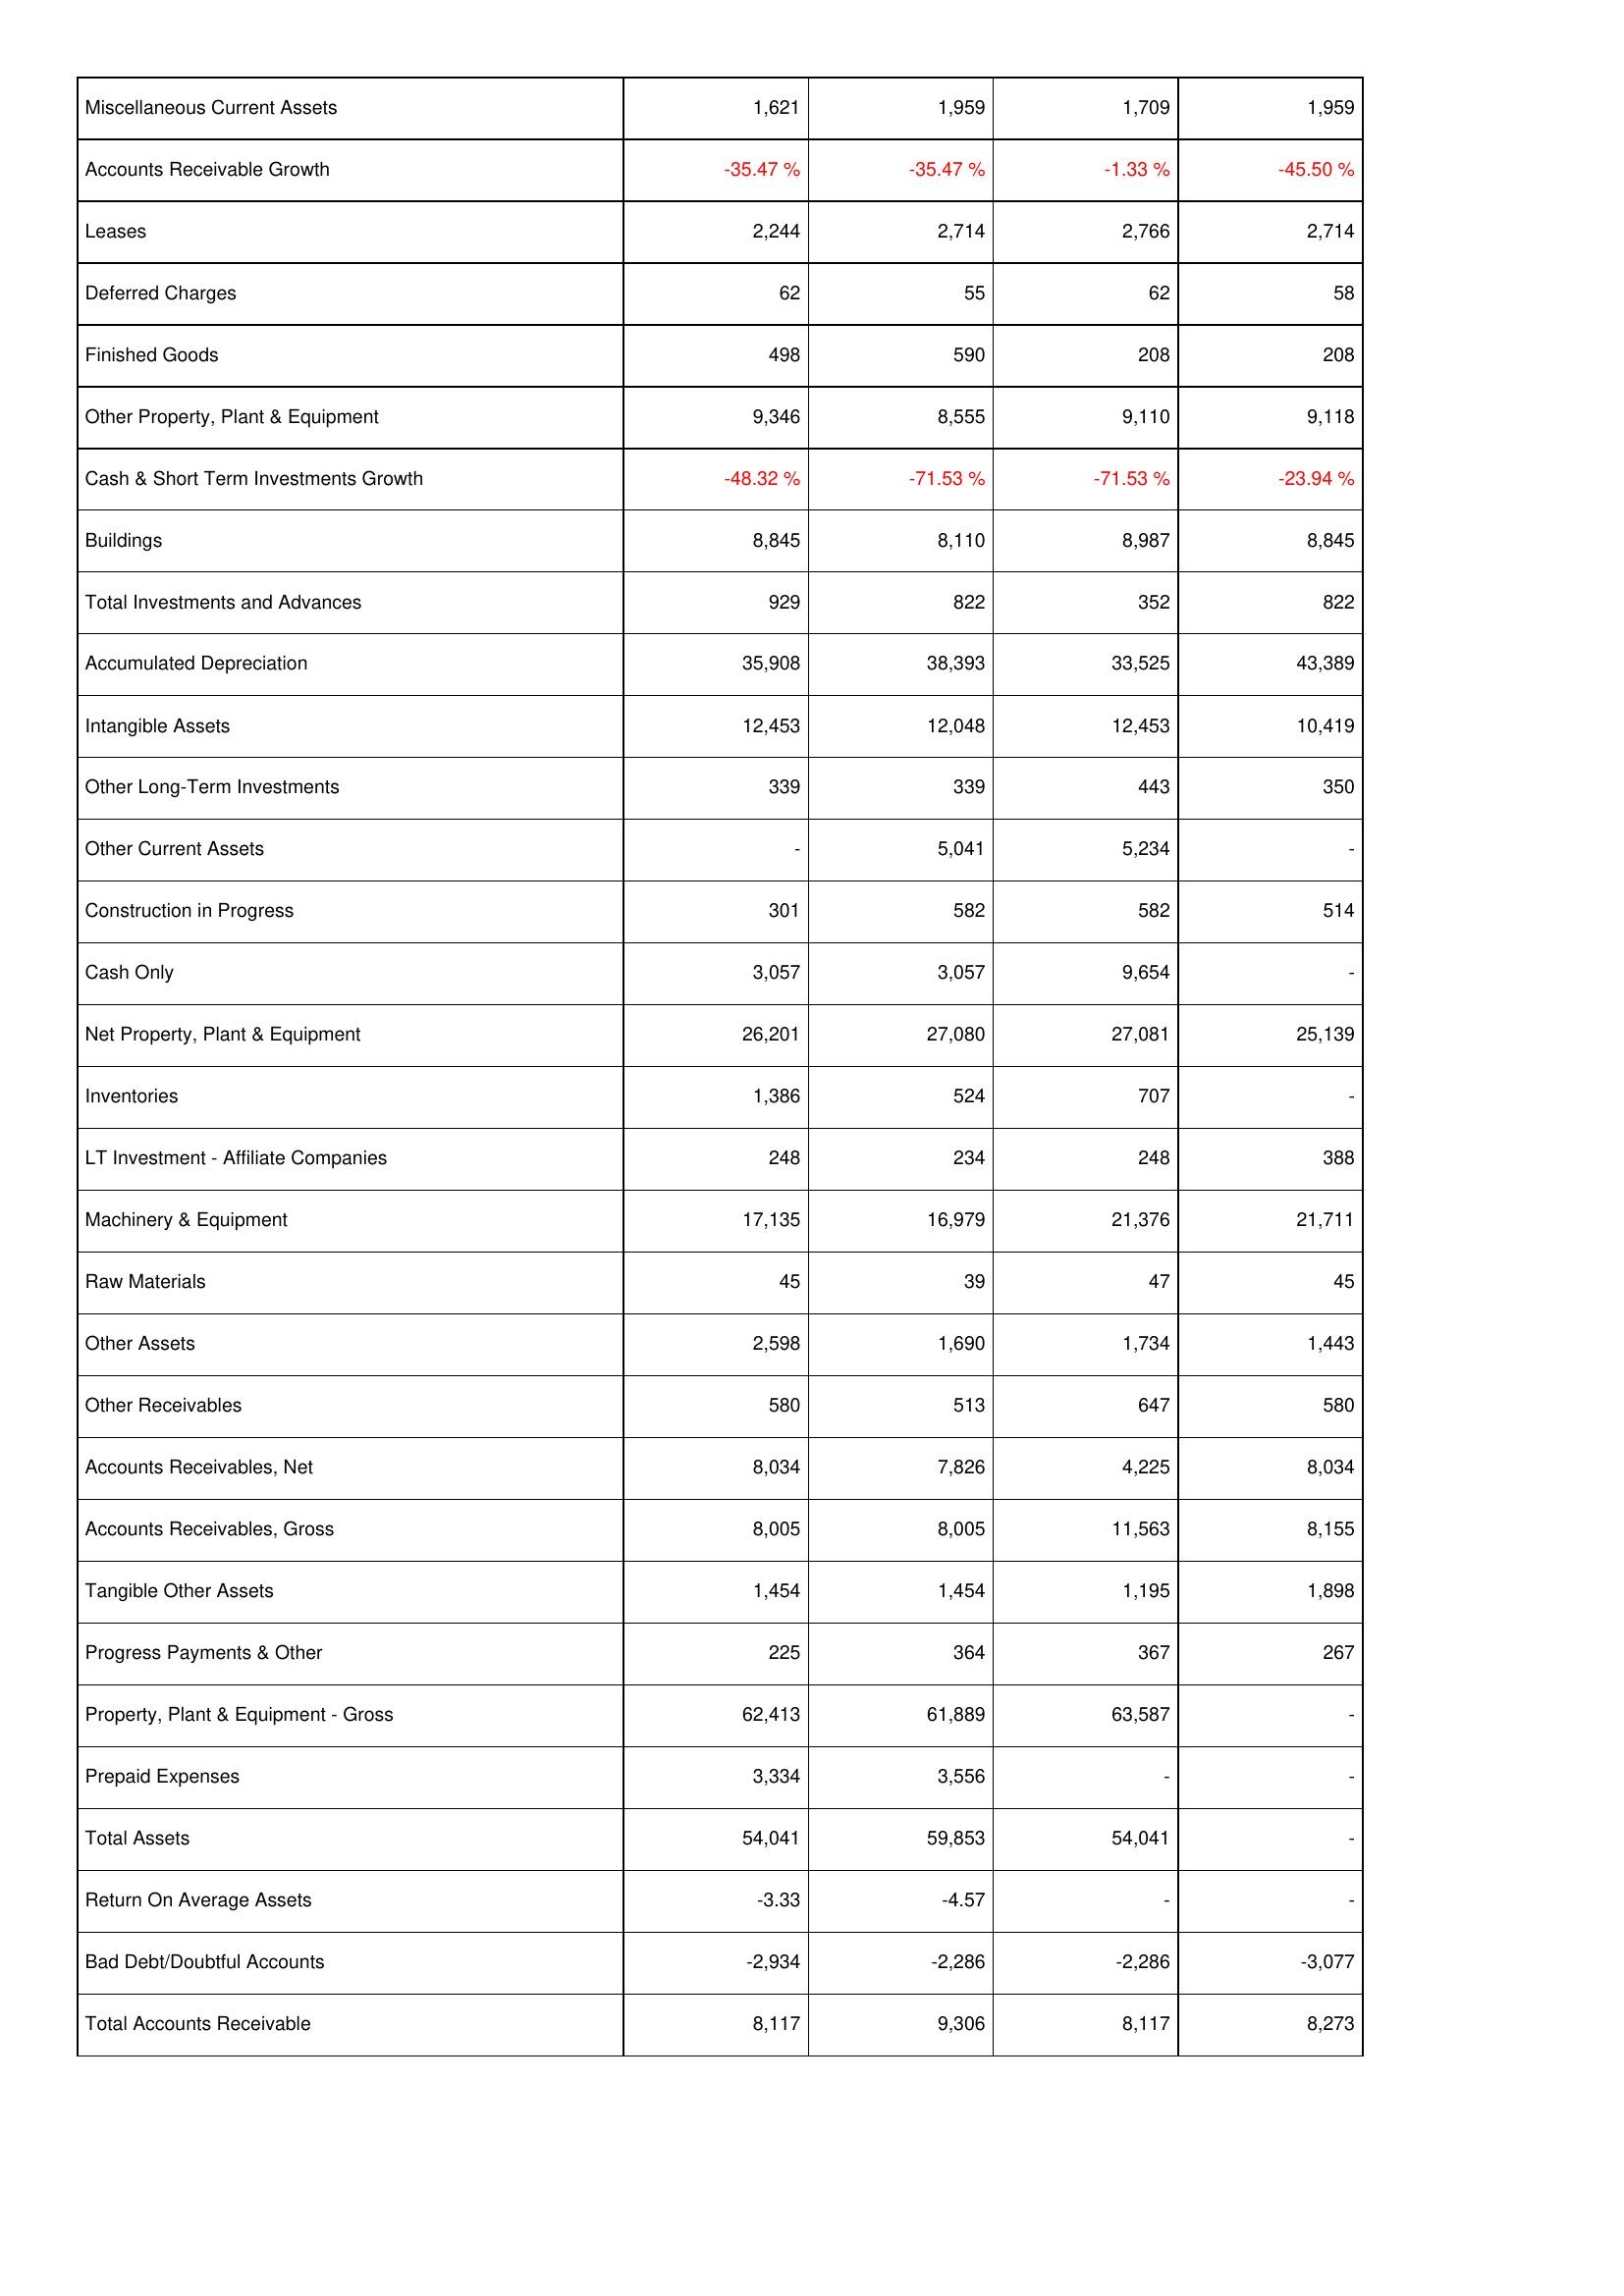
2015: Assets: Miscellaneous Current Assets: 1,621
Accounts Receivable Growth: -35.47 %
Leases: 2,244
Deferred Charges: 62
Finished Goods: 498
Other Property, Plant & Equipment: 9,346
Cash & Short Term Investments Growth: -48.32 %
Buildings: 8,845
Total Investments and Advances: 929
Accumulated Depreciation: 35,908
Intangible Assets: 12,453
Other Long-Term Investments: 339
Other Current Assets: -
Construction in Progress: 301
Cash Only: 3,057
Net Property, Plant & Equipment: 26,201
Inventories: 1,386
LT Investment - Affiliate Companies: 248
Machinery & Equipment: 17,135
Raw Materials: 45
Other Assets: 2,598
Other Receivables: 580
Accounts Receivables, Net: 8,034
Accounts Receivables, Gross: 8,005
Tangible Other Assets: 1,454
Progress Payments & Other: 225
Property, Plant & Equipment - Gross: 62,413
Prepaid Expenses: 3,334
Total Assets: 54,041
Return On Average Assets: -3.33
Bad Debt/Doubtful Accounts: -2,934
Total Accounts Receivable: 8,117
2014: Assets: Miscellaneous Current Assets: 1,959
Accounts Receivable Growth: -35.47 %
Leases: 2,714
Deferred Charges: 55
Finished Goods: 590
Other Property, Plant & Equipment: 8,555
Cash & Short Term Investments Growth: -71.53 %
Buildings: 8,110
Total Investments and Advances: 822
Accumulated Depreciation: 38,393
Intangible Assets: 12,048
Other Long-Term Investments: 339
Other Current Assets: 5,041
Construction in Progress: 582
Cash Only: 3,057
Net Property, Plant & Equipment: 27,080
Inventories: 524
LT Investment - Affiliate Companies: 234
Machinery & Equipment: 16,979
Raw Materials: 39
Other Assets: 1,690
Other Receivables: 513
Accounts Receivables, Net: 7,826
Accounts Receivables, Gross: 8,005
Tangible Other Assets: 1,454
Progress Payments & Other: 364
Property, Plant & Equipment - Gross: 61,889
Prepaid Expenses: 3,556
Total Assets: 59,853
Return On Average Assets: -4.57
Bad Debt/Doubtful Accounts: -2,286
Total Accounts Receivable: 9,306
2013: Assets: Miscellaneous Current Assets: 1,709
Accounts Receivable Growth: -1.33 %
Leases: 2,766
Deferred Charges: 62
Finished Goods: 208
Other Property, Plant & Equipment: 9,110
Cash & Short Term Investments Growth: -71.53 %
Buildings: 8,987
Total Investments and Advances: 352
Accumulated Depreciation: 33,525
Intangible Assets: 12,453
Other Long-Term Investments: 443
Other Current Assets: 5,234
Construction in Progress: 582
Cash Only: 9,654
Net Property, Plant & Equipment: 27,081
Inventories: 707
LT Investment - Affiliate Companies: 248
Machinery & Equipment: 21,376
Raw Materials: 47
Other Assets: 1,734
Other Receivables: 647
Accounts Receivables, Net: 4,225
Accounts Receivables, Gross: 11,563
Tangible Other Assets: 1,195
Progress Payments & Other: 367
Property, Plant & Equipment - Gross: 63,587
Prepaid Expenses: -
Total Assets: 54,041
Return On Average Assets: -
Bad Debt/Doubtful Accounts: -2,286
Total Accounts Receivable: 8,117
2012: Assets: Miscellaneous Current Assets: 1,959
Accounts Receivable Growth: -45.50 %
Leases: 2,714
Deferred Charges: 58
Finished Goods: 208
Other Property, Plant & Equipment: 9,118
Cash & Short Term Investments Growth: -23.94 %
Buildings: 8,845
Total Investments and Advances: 822
Accumulated Depreciation: 43,389
Intangible Assets: 10,419
Other Long-Term Investments: 350
Other Current Assets: -
Construction in Progress: 514
Cash Only: -
Net Property, Plant & Equipment: 25,139
Inventories: -
LT Investment - Affiliate Companies: 388
Machinery & Equipment: 21,711
Raw Materials: 45
Other Assets: 1,443
Other Receivables: 580
Accounts Receivables, Net: 8,034
Accounts Receivables, Gross: 8,155
Tangible Other Assets: 1,898
Progress Payments & Other: 267
Property, Plant & Equipment - Gross: -
Prepaid Expenses: -
Total Assets: -
Return On Average Assets: -
Bad Debt/Doubtful Accounts: -3,077
Total Accounts Receivable: 8,273